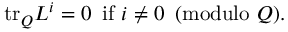
\mathrm { t r } _ { Q } L ^ { i } = 0 \, \, \, \mathrm { i f } \, \, i \ne 0 \, \, \, ( \mathrm { m o d u l o } \, \, Q ) .